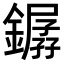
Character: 𨬖